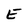
Character: E